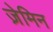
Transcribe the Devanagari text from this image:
ज़ेमिन